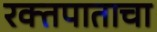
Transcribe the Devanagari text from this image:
रक्तपाताचा